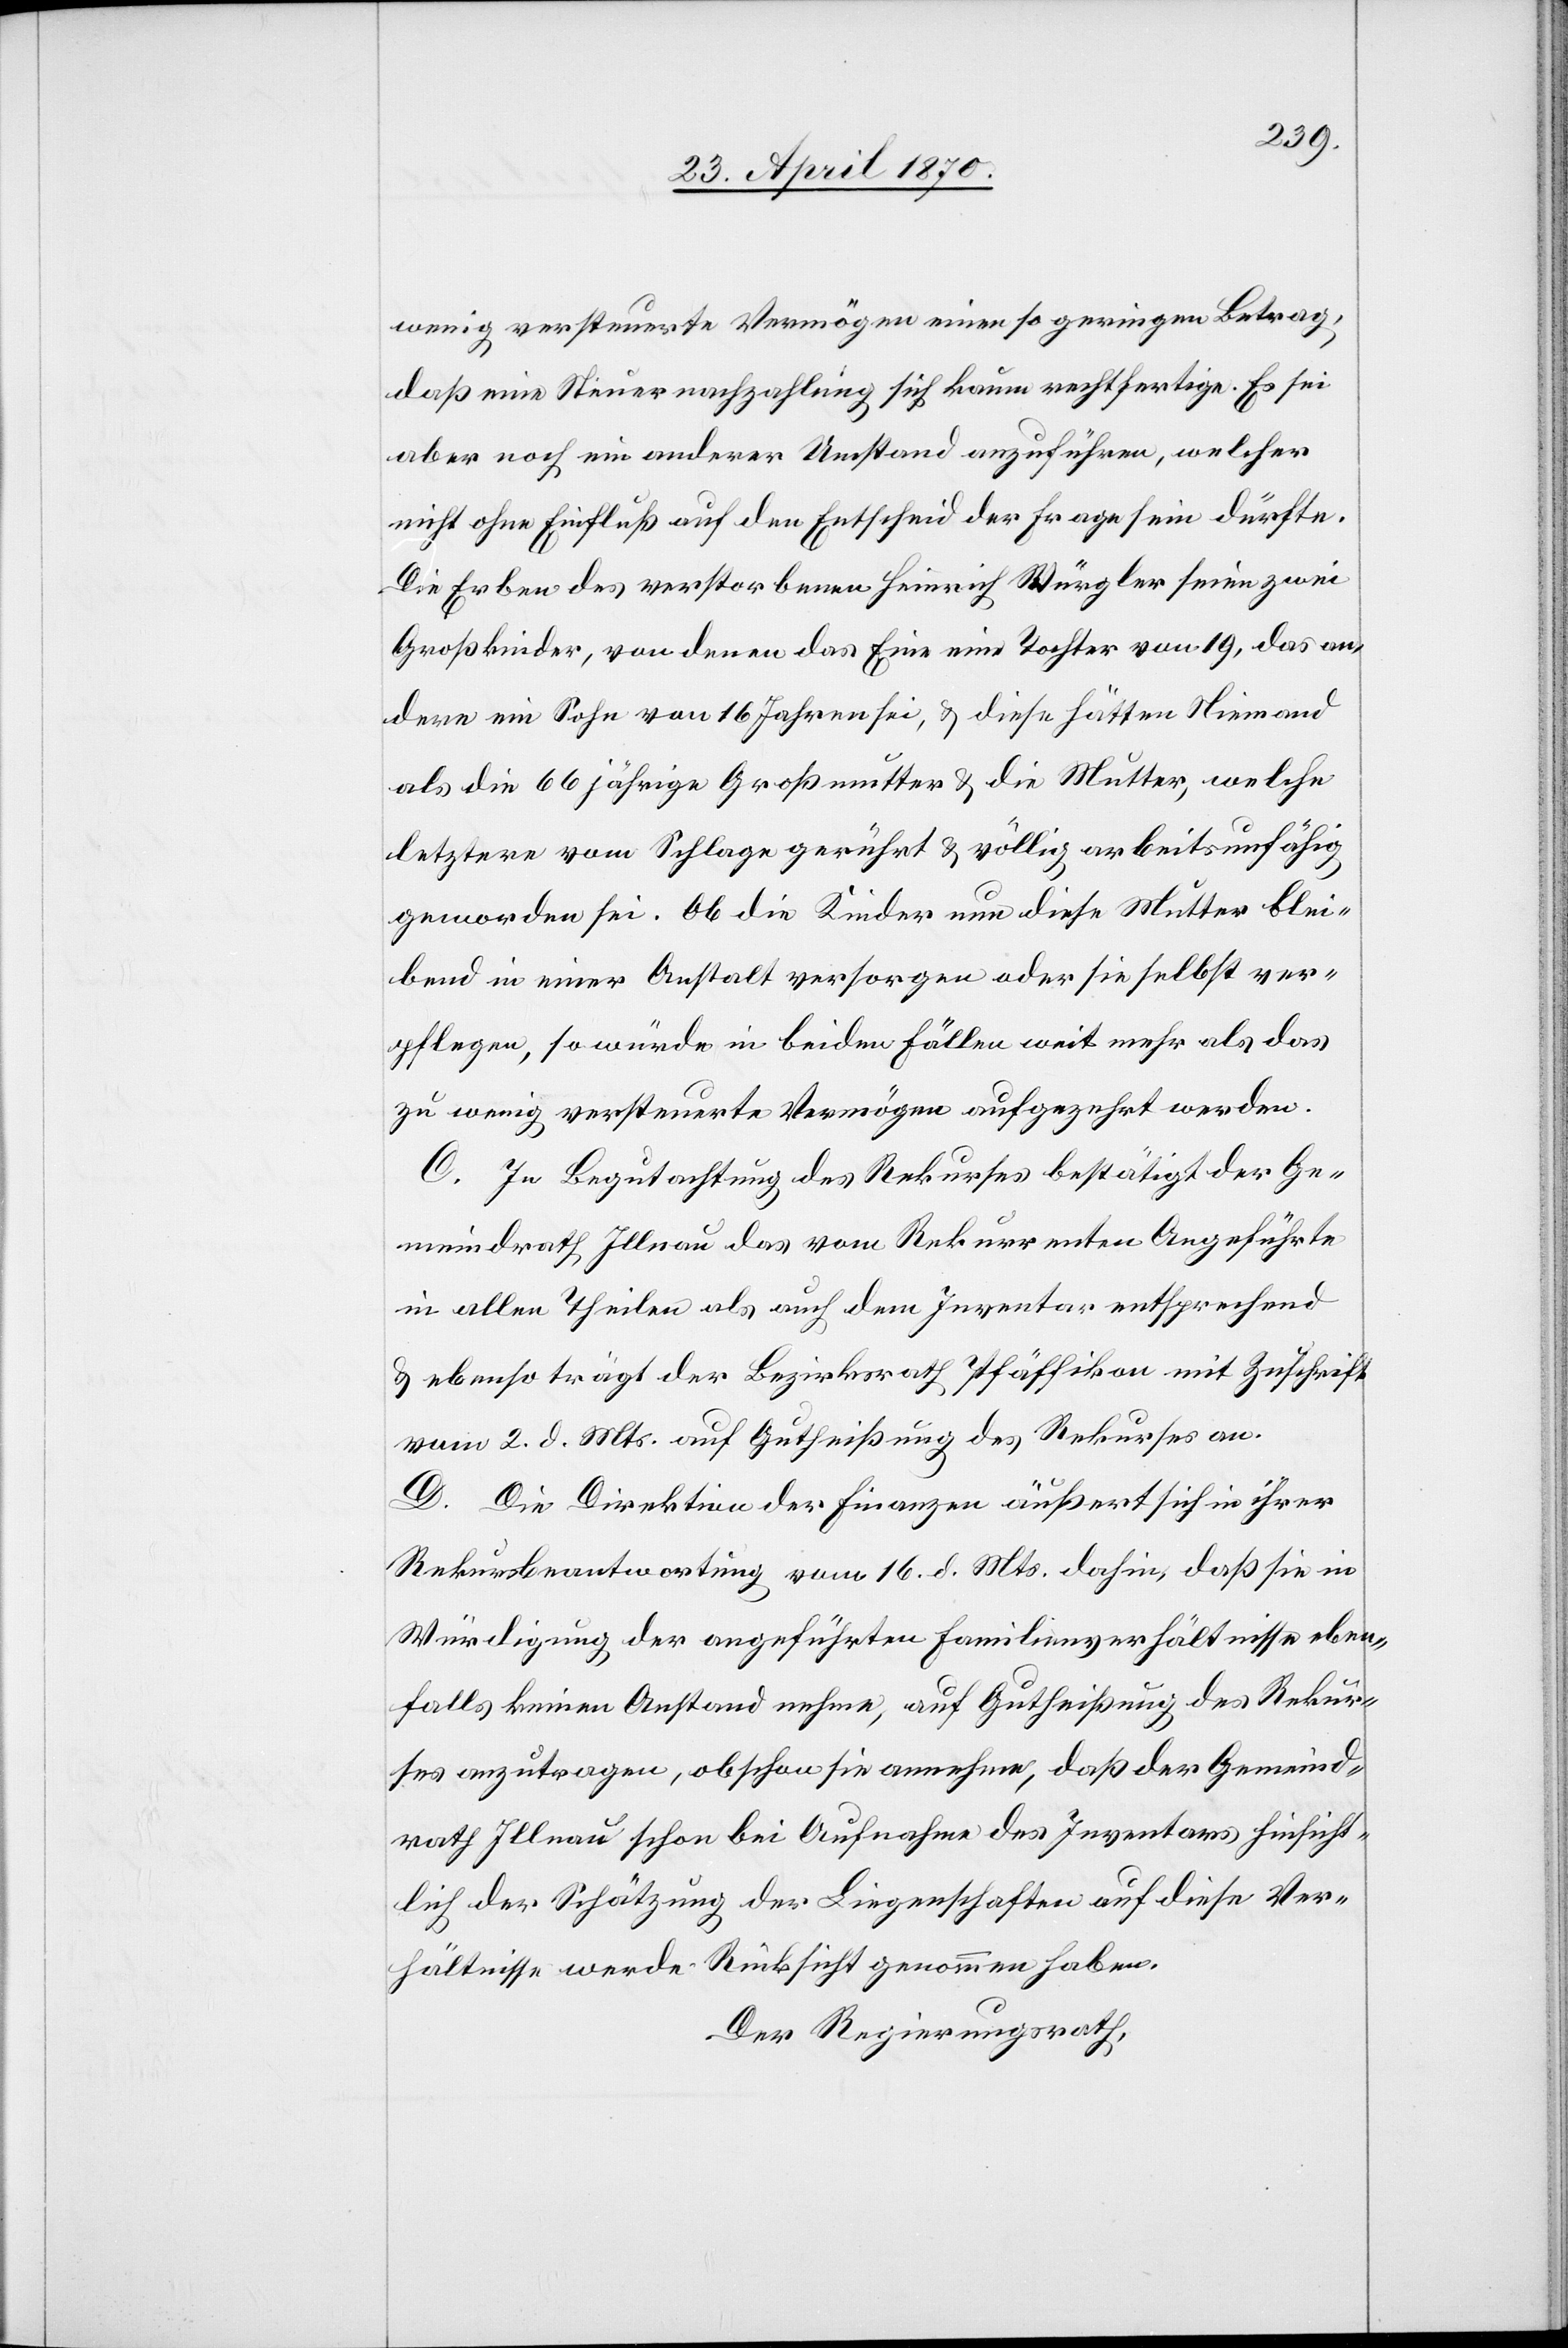
wenig versteuerte Vermögen einen so geringen Betrag,
daß eine Steuernachzahlung sich kaum rechtfertige. Es sei
aber noch ein anderer Umstand anzuführen, welcher
nicht ohne Einfluß auf den Entscheid der Frage sein dürfte.
Die Erben des verstorbenen Heinrich Würgler seien zwei
Großkinder, von denen das Eine eine Tochter von 19, das an¬
dere ein Sohn von 16 Jahren sei, & diese hätten Niemand
als die 66 jährige Großmutter & Mutter, welche
letztere vom Schlage gerührt & völlig arbeitsunfähig
geworden sei. Ob die Kinder nun diese Mutter blei¬
bend in einer Anstalt versorgen oder sie selbst ver¬
pflegen, so würde in beiden Fällen weit mehr als das
zu wenig versteuerte Vermögen aufgezehrt werden.
C. In Begutachtung des Rekurses bestätigt der Ge¬
meindrath Illnau das vom Rekurrenten Angeführte
in allen Theilen als auch dem Inventar entsprechend
& ebenso trägt der Bezirksrath Pfäffikon mit Zuschrift
vom 2. d. Mts. auf Gutheißung des Rekurses an.
D. Die Direktion der Finanzen äußert sich in ihrer
Rekursbeantwortung vom 16. d. Mts. dahin, daß sie in
Würdigung der angeführten Familienverhältnisse eben¬
falls keinen Anstand nehme, auf Gutheißung des Rekur¬
ses anzutragen, obschon sie annehme, daß der Gemeind¬
rath Illnau schon bei Aufnahme des Inventars hinsicht¬
lich der Schätzung der Liegenschaften auf diese Ver¬
hältnisse werde Rücksicht genommen haben.
Der Regierungsrath,